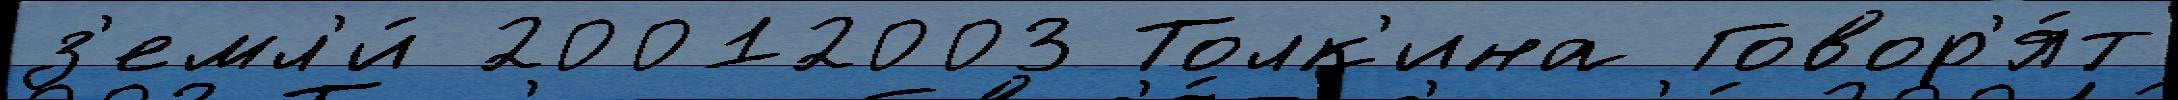
з'емл'и́ 20012003 Толк'ина Говор'я́т